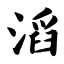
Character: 滔